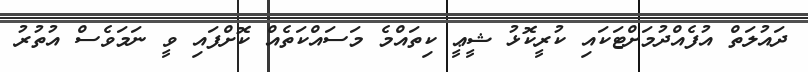
ދައުލަތް އުފެއްދުމަށްޓަކައި ކުރީކޮޅު ޝީޢީ ކިތައްމެ މަސައްކަތެއް ކޮށްފައި ވީ ނަމަވެސް އުތުރު